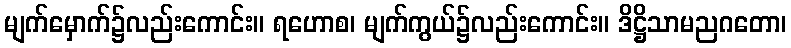
မျက်မှောက်၌လည်းကောင်း။ ရဟောစ၊ မျက်ကွယ်၌လည်းကောင်း။ ဒိဋ္ဌိသာမညဂတော၊